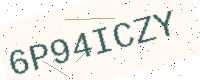
Text: 6P94ICZY